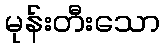
မုန်းတီးသော